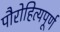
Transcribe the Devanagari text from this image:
पौरोहित्यपूर्ण